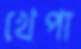
খেপা